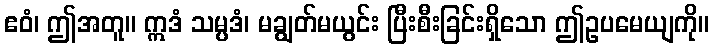
ဧဝံ၊ ဤအတူ။ ဣဒံ သမ္ပဒံ၊ မချွတ်မယွင်း ပြီးစီးခြင်းရှိသော ဤဥပမေယျကို။